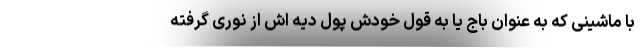
با ماشینی که به عنوان باج یا به قول خودش پول دیه اش از نوری گرفته